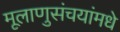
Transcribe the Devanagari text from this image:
मूलाणुसंचयांमधे